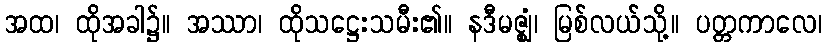
အထ၊ ထိုအခါ၌။ အဿာ၊ ထိုသဋ္ဌေးသမီး၏။ နဒီမဇ္ဈံ၊ မြစ်လယ်သို့။ ပတ္တကာလေ၊